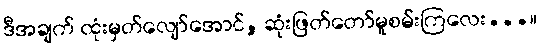
ဒီအချက် ထုံးမှတ်လျော်အောင်, ဆုံးဖြတ်တော်မူစမ်းကြလေး...။